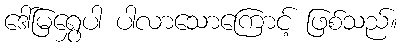
ဒေါ်မြရွှေပါ ပါလာသောကြောင့် ဖြစ်သည်။